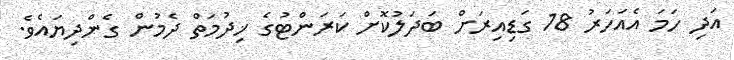
އަދި ހަމަ އެއަހަރު 18 ގަޑިއިރަށް ބަދަލުކޮށް ކަރަންޓުގެ ޚިދުމަތް ދެމުން ގެންދިޔައެވެ.